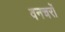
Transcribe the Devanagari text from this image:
वनचरों